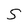
Character: 5